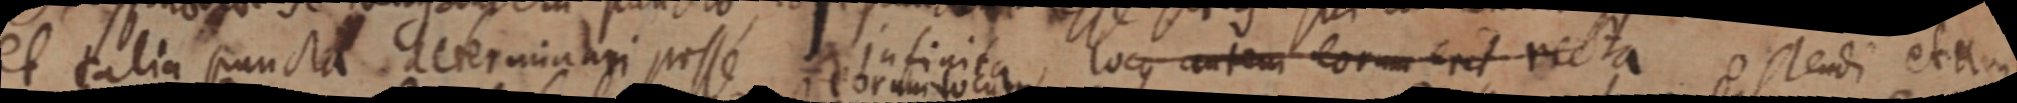
et calia puncta determinari posse infinita, locus autem eorum erit recta ostendi etiam